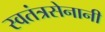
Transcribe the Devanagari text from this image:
स्वतंत्रसेनानी